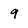
Character: 9